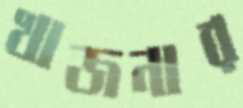
খাজনার